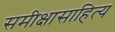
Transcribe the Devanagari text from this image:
समीक्षासाहित्य